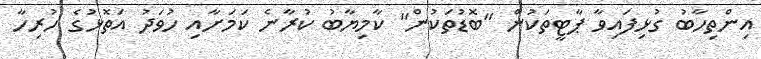
އިންތިހާބު ގުޅިފައިވާ ޕާޓީތަކުން "ބޮޑުތަކުން" ކާމިޔާބު ކުރާނެ ކަމަށާއި ހުވަދު އަތޮޅުގެ ހުރިހާ